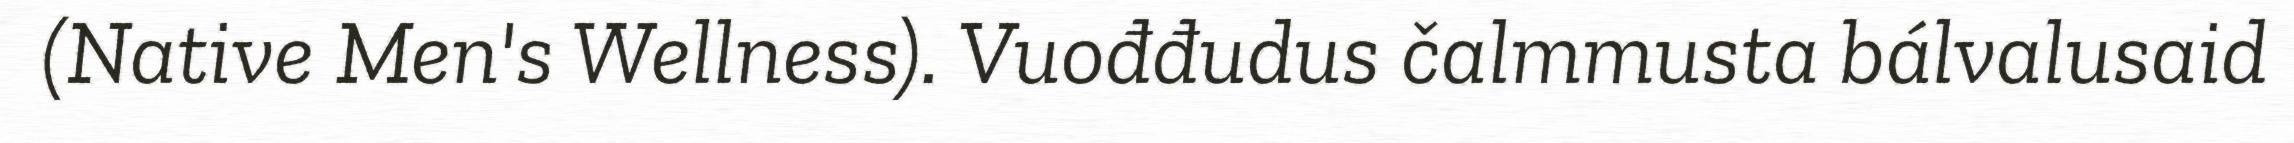
(Native Men's Wellness). Vuođđudus čalmmusta bálvalusaid